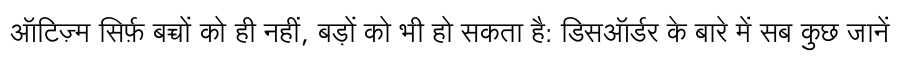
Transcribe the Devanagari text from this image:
ऑटिज़्म सिर्फ़ बच्चों को ही नहीं, बड़ों को भी हो सकता है: डिसऑर्डर के बारे में सब कुछ जानें